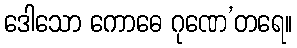
ဒေါသော ကောဓေ ဂုဏေ’တရေ။